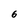
Character: 6